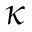
\kappa